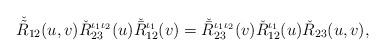
LaTeX: \begin{align*}\check{\tilde{R}}_{12}(u,v)\check{R}_{23}^{\iota_1\iota_2}(u)\check{\bar{R}}_{12}^{\iota_1}(v)=\check{\bar{R}}_{23}^{\iota_1\iota_2}(v)\check{R}_{12}^{\iota_1}(u)\check{R}_{23}(u,v),\end{align*}